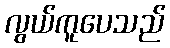
လွယ်ကူပေသည်